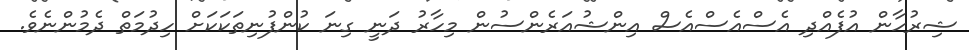
ޝިރުހާން އުފެއްދި އެސްއެސްއެސް އިންޝުއަރެންސުން މިހާރު ދަނީ ގިނަ ކުންފުނިތަކަކަށް ހިދުމަތް ދެމުންނެވެ.